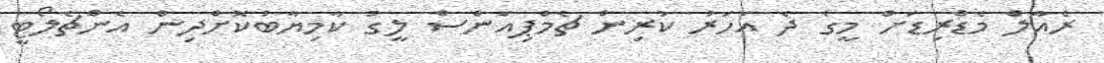
ރެއާލް މެޑްރިޑަށް މީގެ ދެ އަހަރު ކުރިން ޗެމްޕިއަންސް ލީގު ކާމިޔާބުކޮށްދިން އެންޗެލޯޓީ